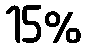
15%